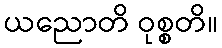
ယညောတိ ဝုစ္စတိ။